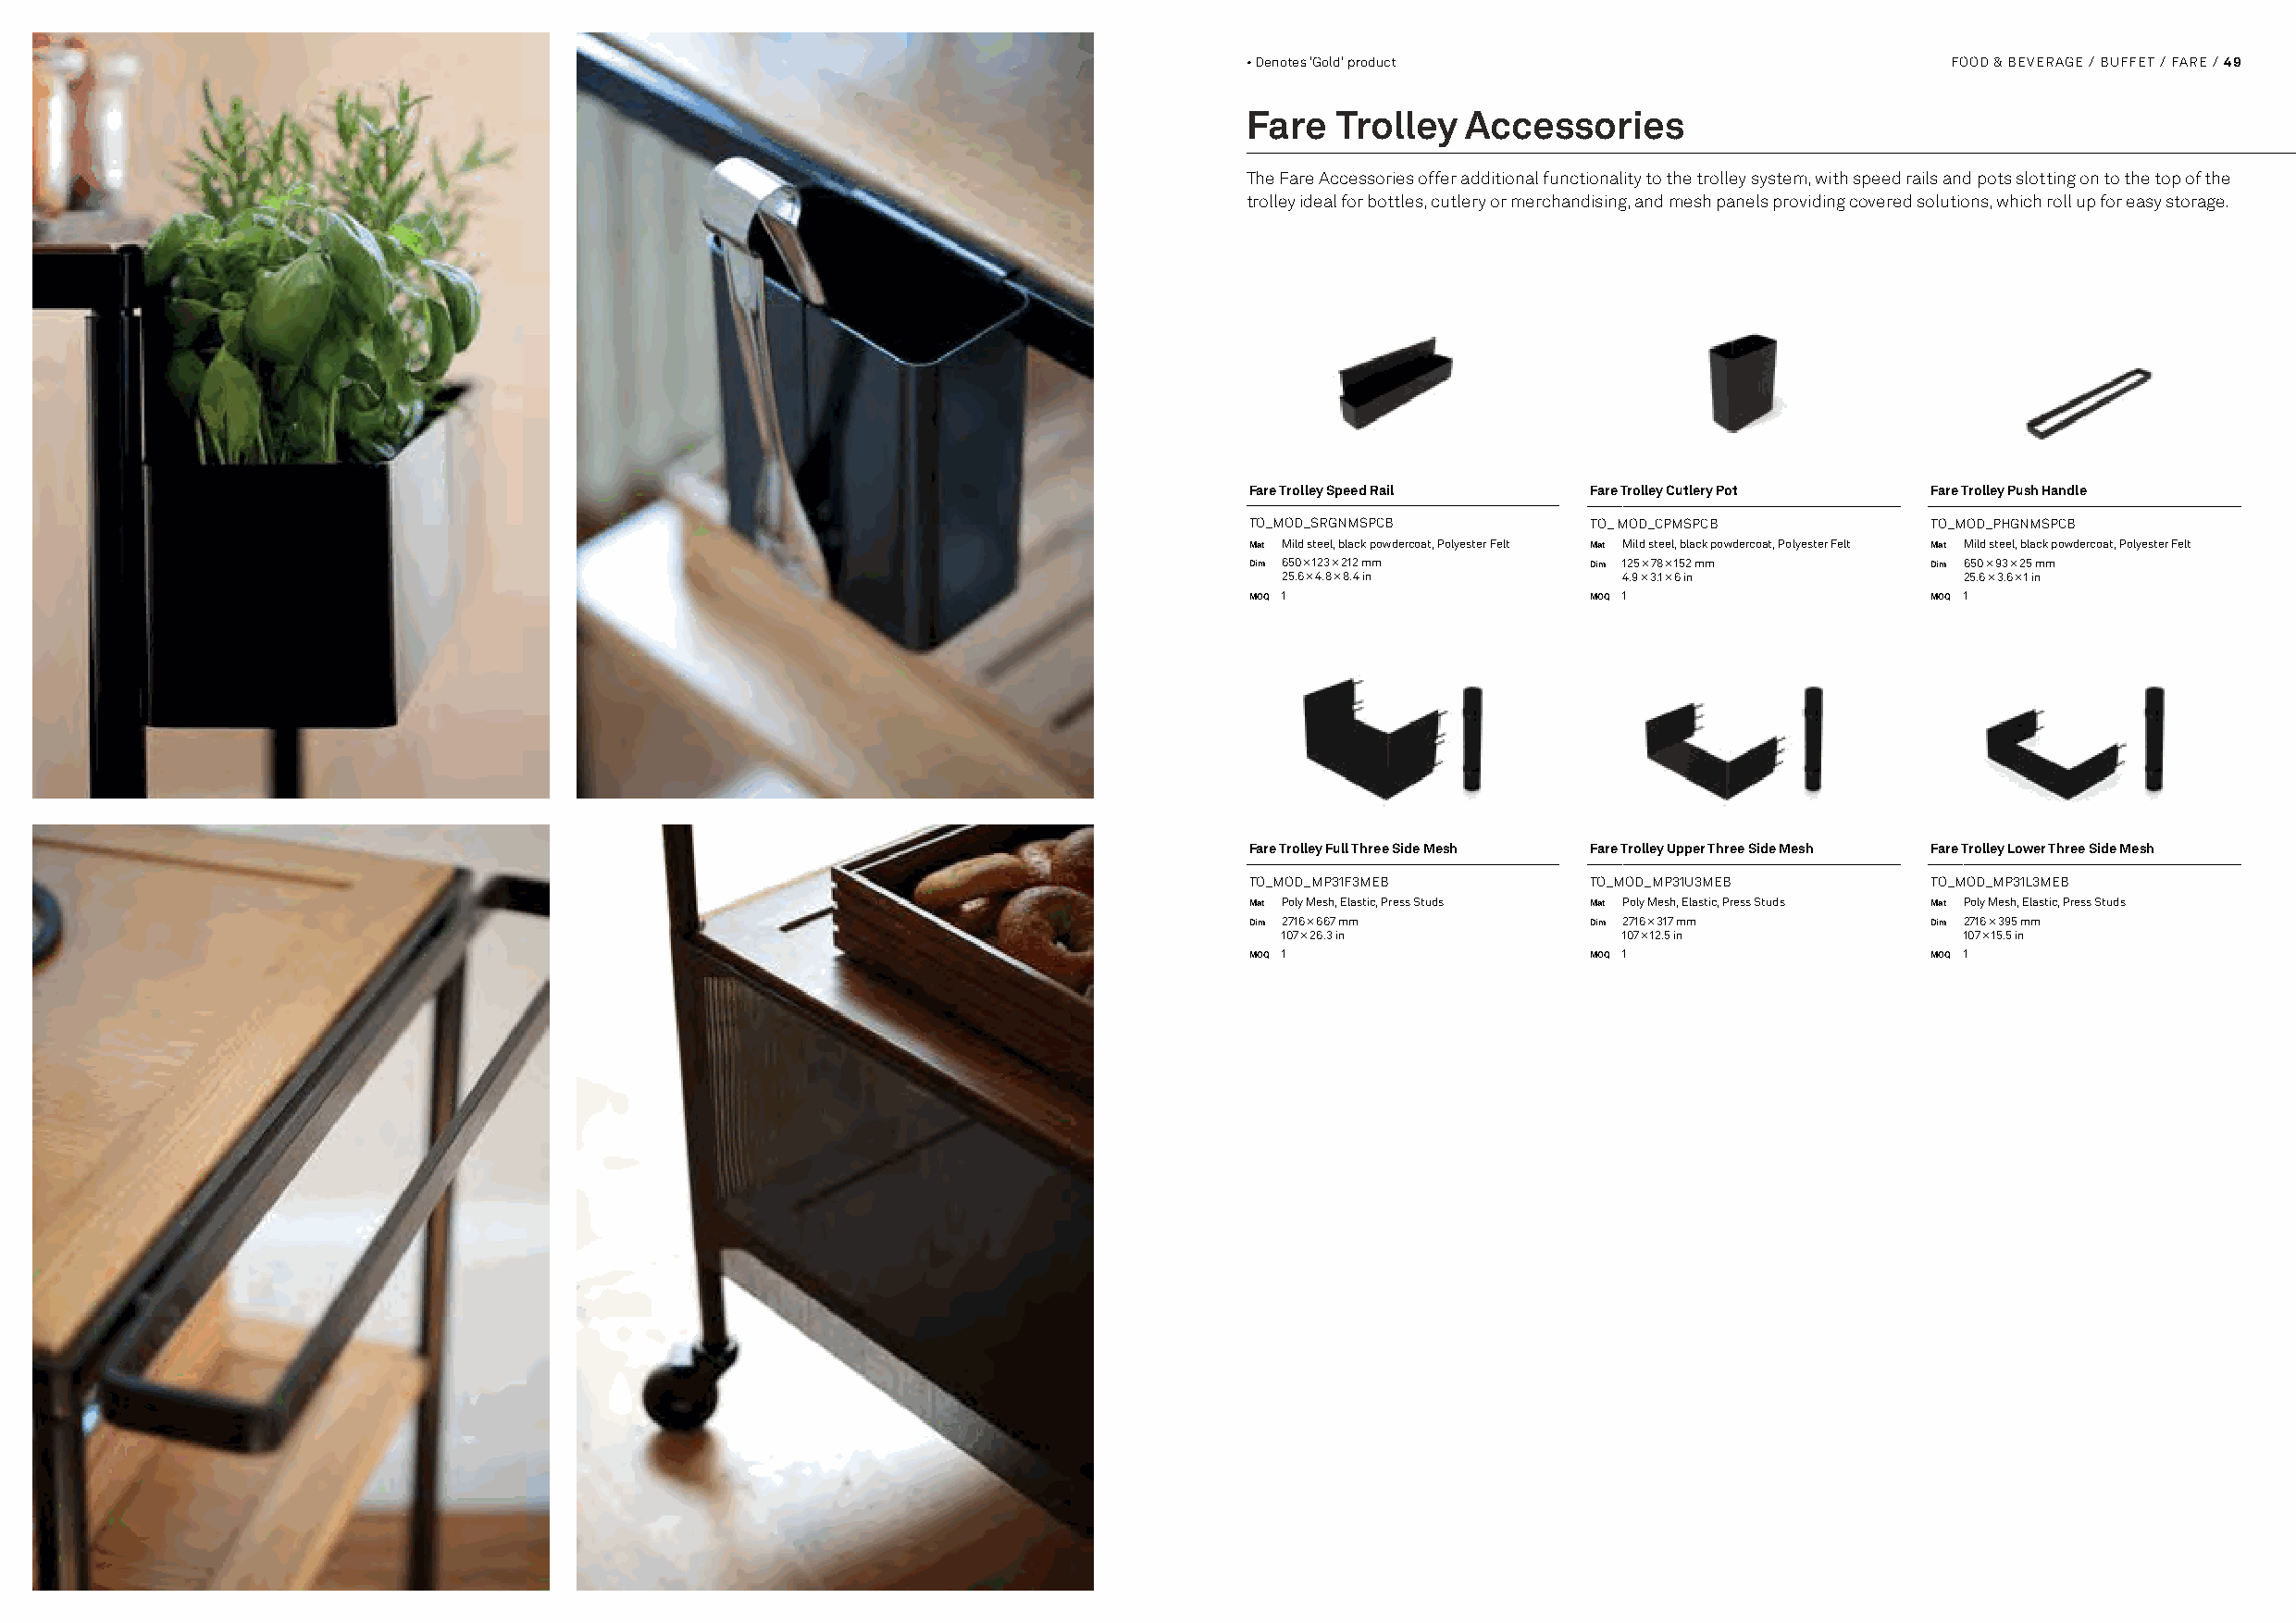
48 / FOOD & BEVERAGE / BUFFET / FLOW                                                 • Denotes 'Gold' product                           FOOD & BEVERAGE / BUFFET / FARE / 49
 Fare  Trolley   Accessories
 The Fare Accessories offer additional functionality to the trolley system, with speed rails and pots slotting on to the top of the
 trolley ideal for bottles, cutlery or merchandising, and mesh panels providing covered solutions, which roll up for easy storage.
 Fare Trolley Speed Rail  Fare Trolley Cutlery Pot Fare Trolley Push Handle
 TO_MOD_SRGNMSPCB         TO_ MOD_CPMSPCB         TO_MOD_PHGNMSPCB
 Mat Mild steel, black powdercoat, Polyester Felt Mat Mild steel, black powdercoat, Polyester Felt Mat Mild steel, black powdercoat, Polyester Felt
 Dim 650 × 123 × 212 mm   Dim 125 × 78 × 152 mm   Dim 650 × 93 × 25 mm
 25.6 × 4.8 × 8.4 in     4.9 × 3.1 × 6 in        25.6 × 3.6 × 1 in
 MOQ 1                    MOQ 1                   MOQ 1
 Fare Trolley Full Three Side Mesh Fare Trolley Upper Three Side Mesh Fare Trolley Lower Three Side Mesh
 TO_MOD_MP31F3MEB         TO_MOD_MP31U3MEB        TO_MOD_MP31L3MEB
 Mat Poly Mesh, Elastic, Press Studs Mat Poly Mesh, Elastic, Press Studs Mat Poly Mesh, Elastic, Press Studs
 Dim 2716 × 667 mm        Dim 2716 × 317 mm       Dim 2716 × 395 mm
 107 × 26.3 in           107 × 12.5 in           107 × 15.5 in
 MOQ 1                    MOQ 1                   MOQ 1